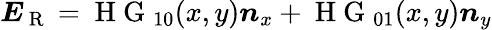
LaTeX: \boldsymbol{E}_{\mathrm{~R~}}=\mathrm{~H~G~}_{10}(x,y)\boldsymbol{n}_{x}+\mathrm{~H~G~}_{01}(x,y)\boldsymbol{n}_{y}